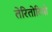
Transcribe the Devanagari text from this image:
तेरितोरियो